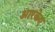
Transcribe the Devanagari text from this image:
आरकेए